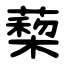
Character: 蔾